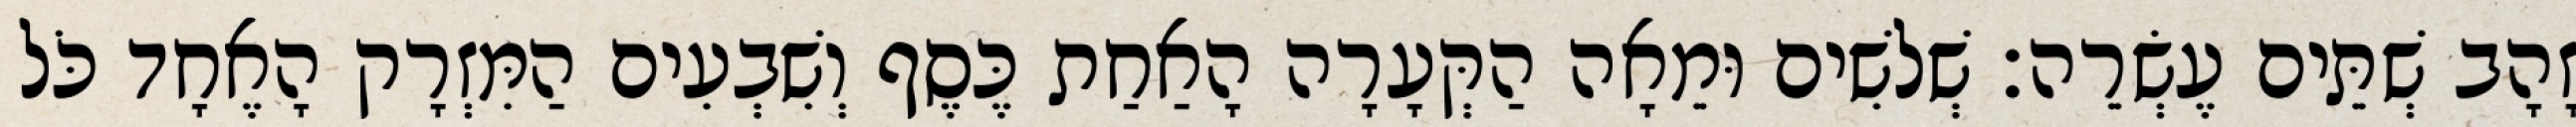
זָהָב שְׁתֵּים עֶשְׂרֵה׃ שְׁלשִׁים וּמֵאָה הַקְּעָרָה הָאַחַת כֶּסֶף וְשִׁבְעִים הַמִּזְרָק הָאֶחָד כֹּל